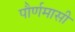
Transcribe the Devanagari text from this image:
पौर्णमासी